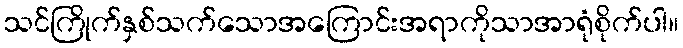
သင်ကြိုက်နှစ်သက်သောအကြောင်းအရာကိုသာအာရုံစိုက်ပါ။